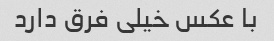
با عکس خیلی فرق دارد